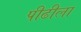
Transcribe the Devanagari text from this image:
पीढीला